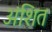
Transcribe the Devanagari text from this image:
अंशित